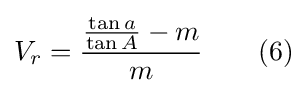
V_{r}={\frac {{\frac {\tan a}{\tan A}}-m}{m}}\qquad (6)